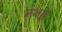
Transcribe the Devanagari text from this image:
नभश्च